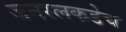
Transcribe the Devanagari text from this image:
जनरलकडेच